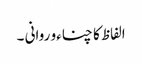
الفاظ کا چناءو روانی ۔